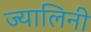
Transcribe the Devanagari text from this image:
ज्यालिनी